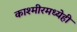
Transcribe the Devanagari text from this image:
काश्मीरमध्येही